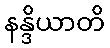
နန္ဒိယာတိ